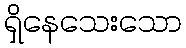
ရှိနေသေးသော